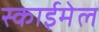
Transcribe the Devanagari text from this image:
स्काईमेल